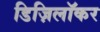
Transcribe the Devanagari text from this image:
डिज़िलॉकर